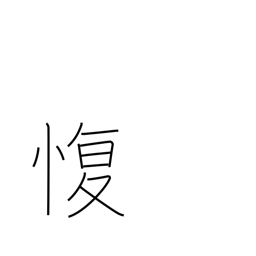
Meaning: go against